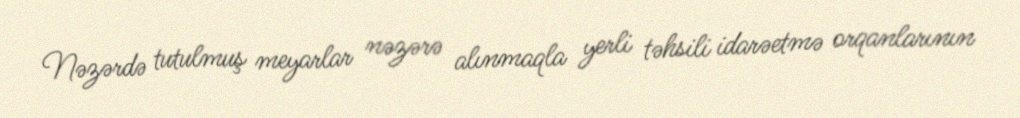
Nəzərdə tutulmuş meyarlar nəzərə alınmaqla yerli təhsili idarəetmə orqanlarının